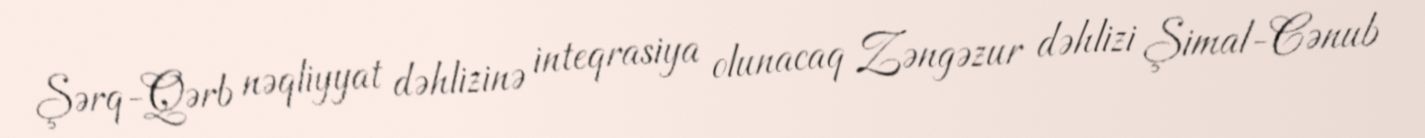
Şərq-Qərb nəqliyyat dəhlizinə inteqrasiya olunacaq Zəngəzur dəhlizi Şimal-Cənub